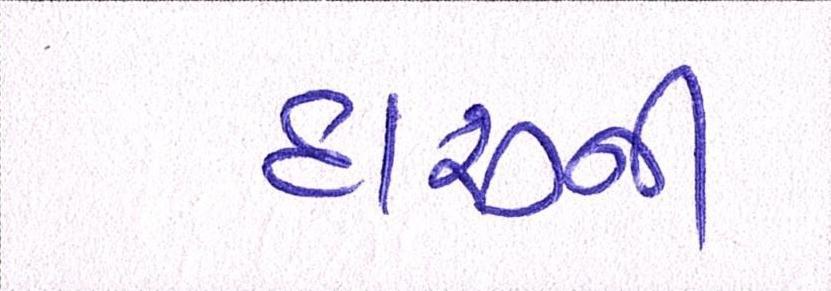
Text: દારૂની